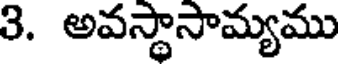
3. అవస్థాసామ్యము